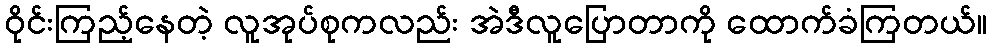
ဝိုင်းကြည့်နေတဲ့ လူအုပ်စုကလည်း အဲဒီလူပြောတာကို ထောက်ခံကြတယ်။